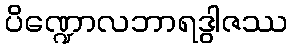
ပိဏ္ဍောလဘာရဒွါဇဿ